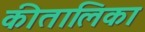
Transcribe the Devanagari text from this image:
कीतालिका